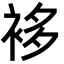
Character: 袳